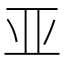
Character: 亚